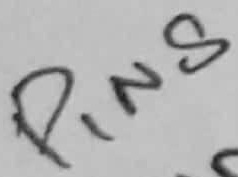
Text: PIN8